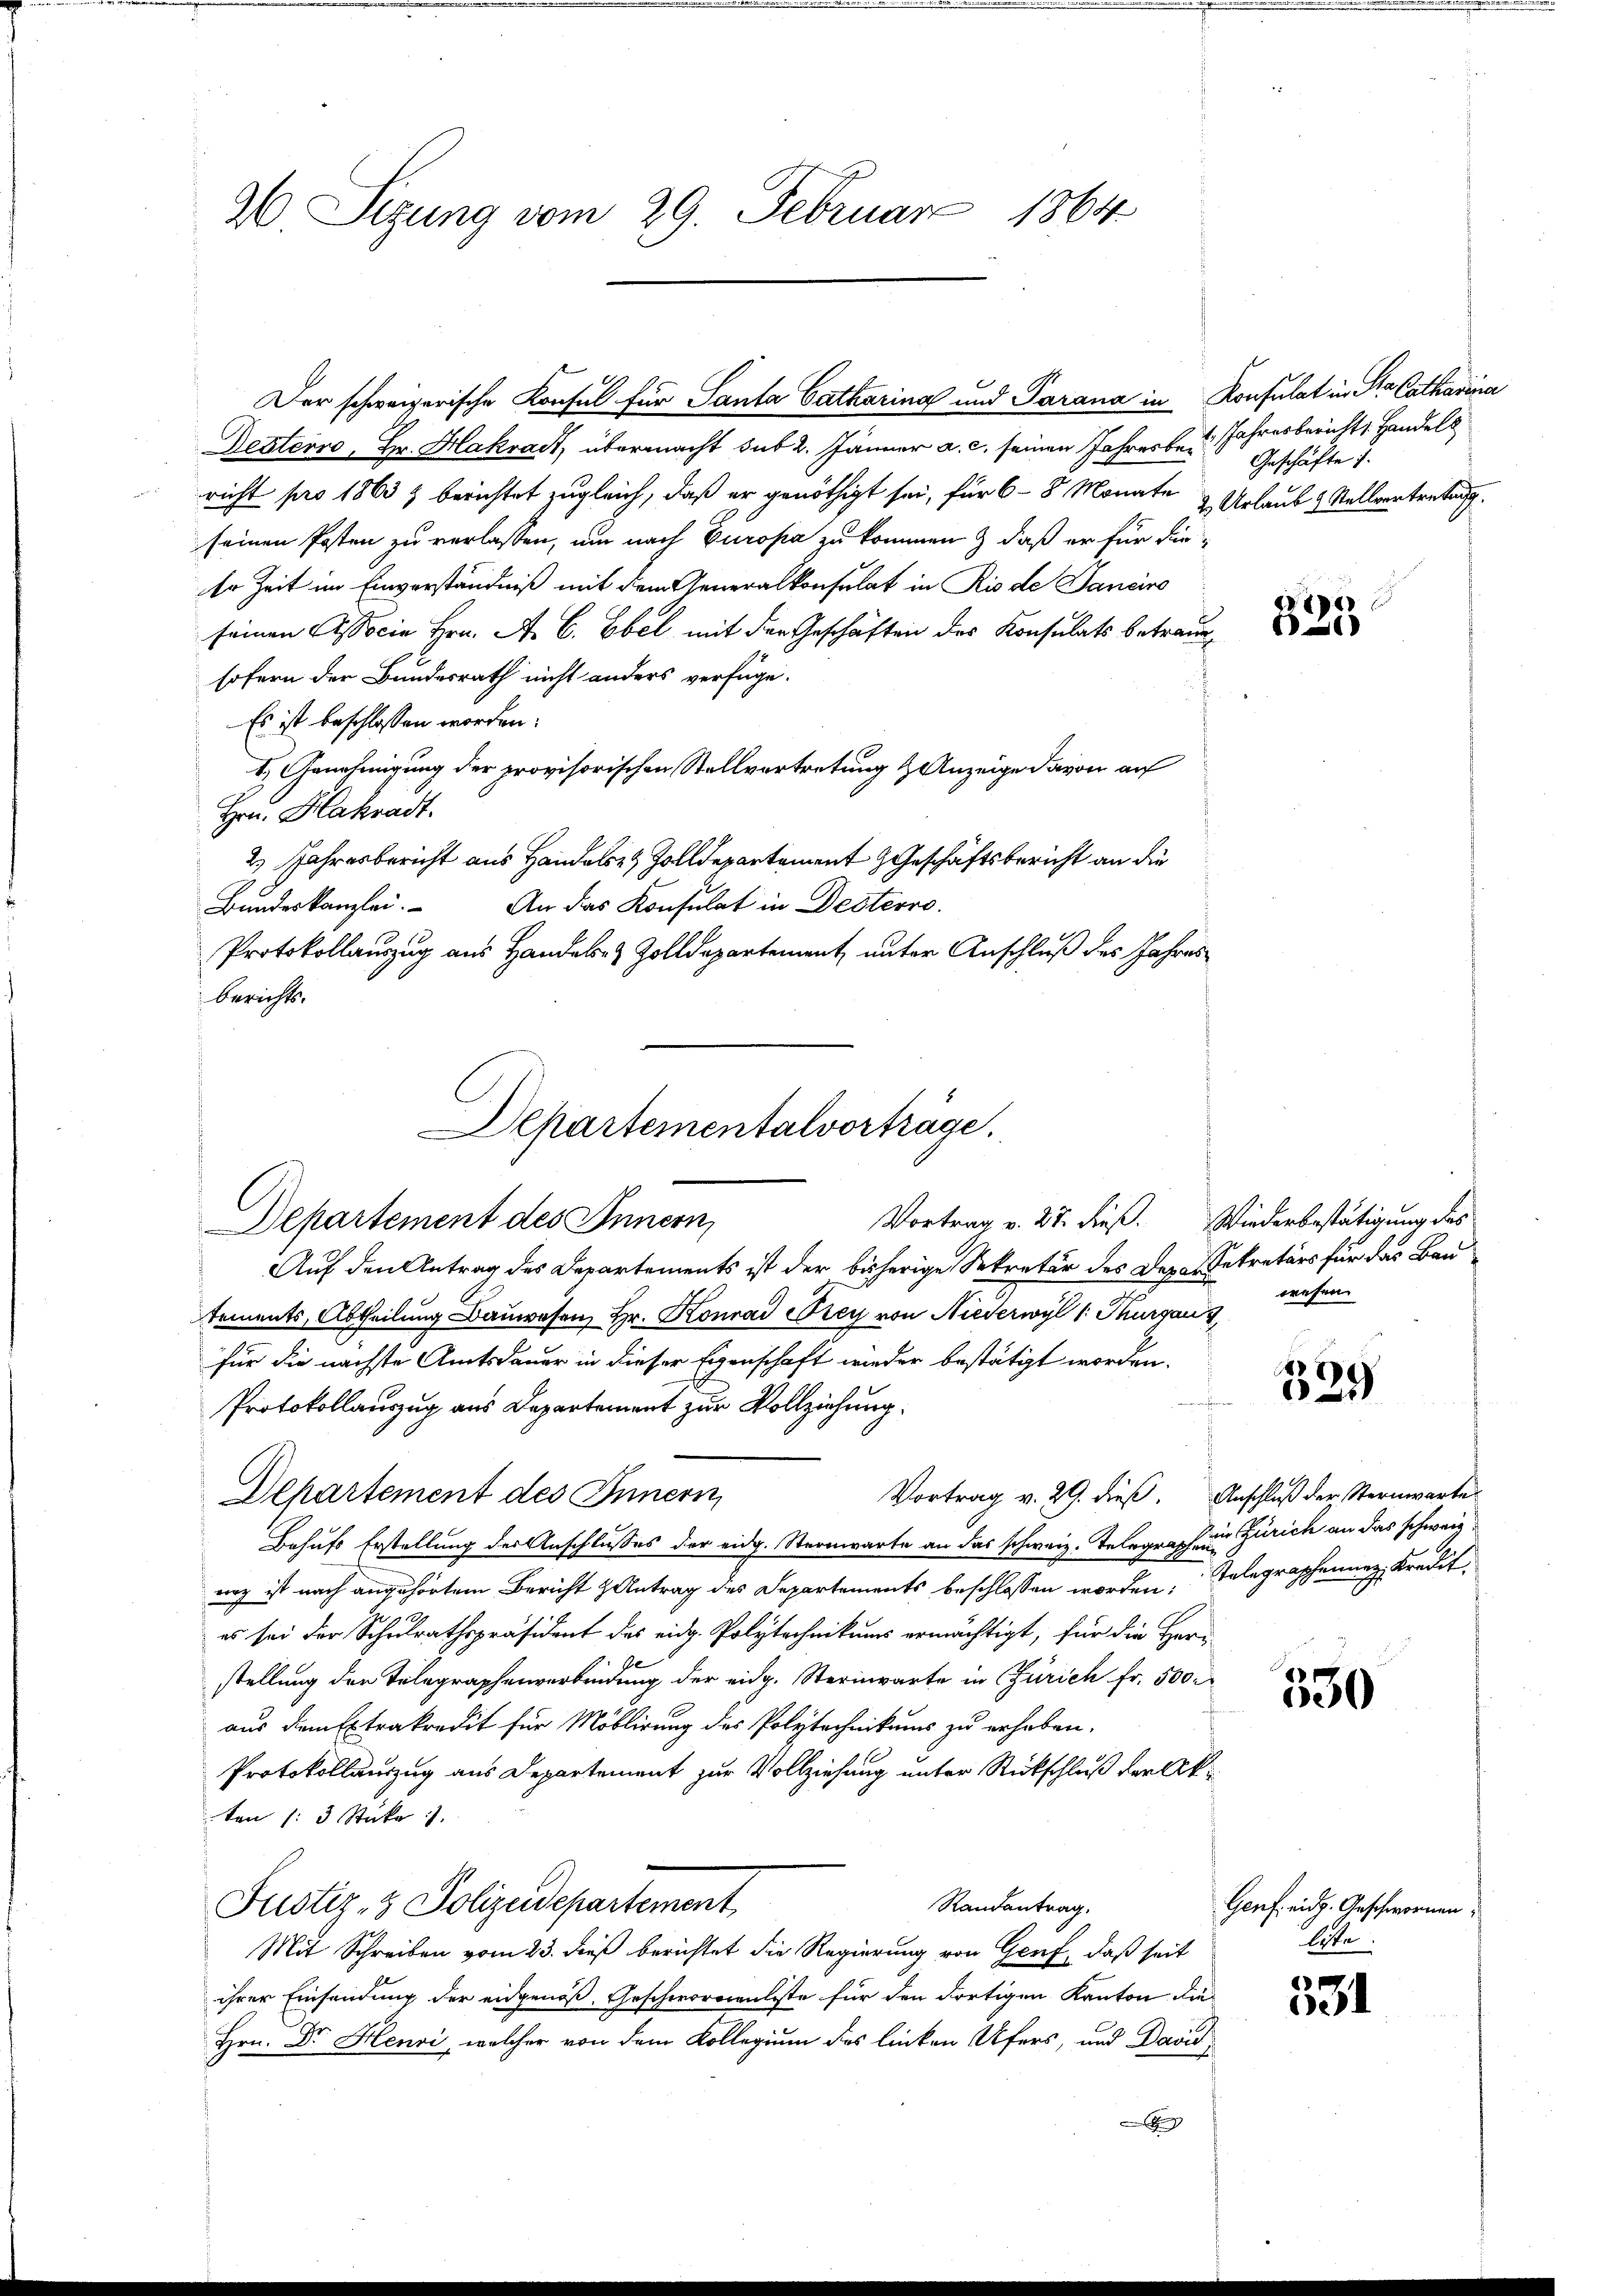
26 Sizung vom 29. Februar 1864

Detterro, Hr. Hakradt, übermacht sub 2. Jänner a. c. seinen Jahrerber Jahresbericht, Handels
richt pro 1863 & berichtet zugleich, daß er genöthigt sei, für 6 - 8 Monate & Urlaub & Stellvertretung
seinen Posten zu verlassen, um nach Europa zu kommen & daß er für die-
Er Zeit im Einverständniß mit dem Generalkonsulat in Rio de Janeiro
seinen Associe Hrn. A. C. Ebel mit der Geschäften des Konsulats betrauesofern der Bundesrath nicht anders verfüge.
Es ist beschlossen worden.
E. Genehmigung der provisorischen Stellvertretung & Anzeige davon auf
Hrn. Hakradt.
2 Jahresbericht aus Hande Zolldepartement Geschäftsbericht an die
An das Konsulat in Desterro
Bundeskanzlei.
Protokollauszug aus Handels- & Zolldepartement unter Anschluß des Jahres
berichts.
Auf den Antrag des Departements ist der bisherige Sekretär des Dez. Gekretärs für das Bautements, Abtheilung Bauwesen, Hr. Konrad Frey von Niederwyl 1: Thurgau sehen
für die nächste Amtsdauer in dieser Eigenschaft wieder bestätigt worden.
Protokollauszug aus Departement zur Vollziehung.
Vortrag v. 29. dieß. Anschluß der Sternwarte
Departement des Innern,
Behufs Erstellung der Anschlusses der eidg. Sternwarte an das schweiz. Telegraphe in Zürich an das schweiunz ist nach angehörtem Bericht Antrag des Departements beschlossen worden, Telegraphenunz, Kredit
es sei der Schulrathspräsident des eidg. Polytechnikums ermächtigt, für die Herr
stellung der Telegraphenverbindung der eidg. Sternwarte in Zürich Fr. 500
aus dem Extrakredit für Moblirung des Polytechnikums zu erhoben.
Protokollauszug aus Departement zur Vollziehung unter Stickschluß der Akten (: 3 Stüke
Randantrag.
Justiz- & Polizeidepartement
Mit Schreiben vom 23. dieß berichtet die Regierung von Genf, daß seit
ihrer Einsendung der eidgenoß, Geschwornenliste für den dortigen Kanton die
Hrn. Dr. Henri, welcher von dem Kollegium des linken Ufers, und David¬
|

Departementalvorträge.
Departement des Innern,

Der schweizerische Konsul für Santa Catharina und Parana in Konsulat in Sta Catharina

Geschäfte i

Vortrag v. 27. dieß. Wiederbestätigung des

1
a

329

8
600

Genf, eidg. Geschwornen.
lite

531